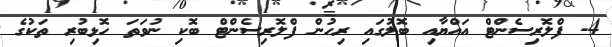
4- ފްލޮރިސެންޓް އައްޔާއި ބޮލުގައި ރިހުން ފްލޮރިސެންޓް ބޮކި ނުވަތަ ހޮޅިބުރި ތަކުގެ